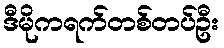
ဒီမိုကရက်တစ်တပ်ဦး